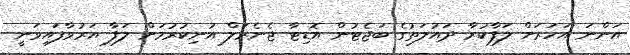
އަންނަ އަހަރަށް ލަފާކުރާ ދައުލަތުގެ ބަޖެޓުން އޮޑިޓާ ޖެނެރަލް އުނިކުރުމަށް ލަފާ އަރުވާފައިވަނީ